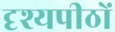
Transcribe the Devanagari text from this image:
दृश्यपीठों